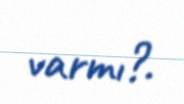
varmı?.